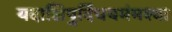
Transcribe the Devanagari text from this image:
यदाक्षिषुर्दिधयमंमश्वा